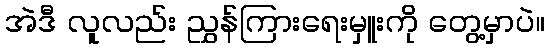
အဲဒီ လူလည်း ညွှန်ကြားရေးမှူးကို တွေ့မှာပဲ။